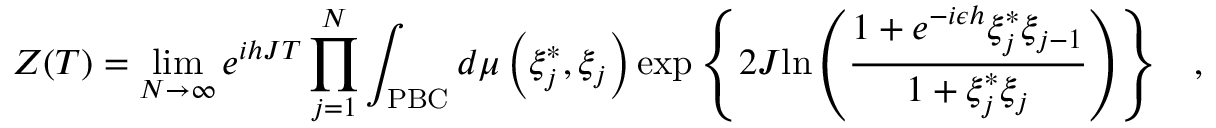
Z ( T ) = \operatorname * { l i m } _ { N \rightarrow \infty } e ^ { i h J T } \prod _ { j = 1 } ^ { N } \int _ { \mathrm { P B C } } { { d \mu \left( { \xi _ { j } ^ { * } , \xi _ { j } } \right) } \exp \left\{ { 2 J { \ln \left( { { \frac { 1 + e ^ { - i \epsilon h } \xi _ { j } ^ { * } \xi _ { j - 1 } } { 1 + \xi _ { j } ^ { * } \xi _ { j } } } } \right) } } \right\} } \quad ,